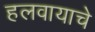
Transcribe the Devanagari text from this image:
हलवायाचे